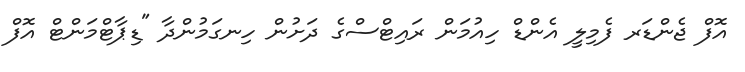
އޮފް ޖެންޑަރ ފެމިލީ އެންޑް ހިއުމަން ރައިޓްސްގެ ދަށުން ހިނގަމުންދާ "ޑިޕާޓްމަންޓް އޮފް